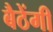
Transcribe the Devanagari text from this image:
बैठेंगी